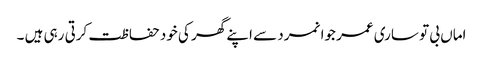
اماں بی تو ساری عمر جوانمرد سے اپنے گھر کی خود حفاظت کرتی رہی ہیں ۔